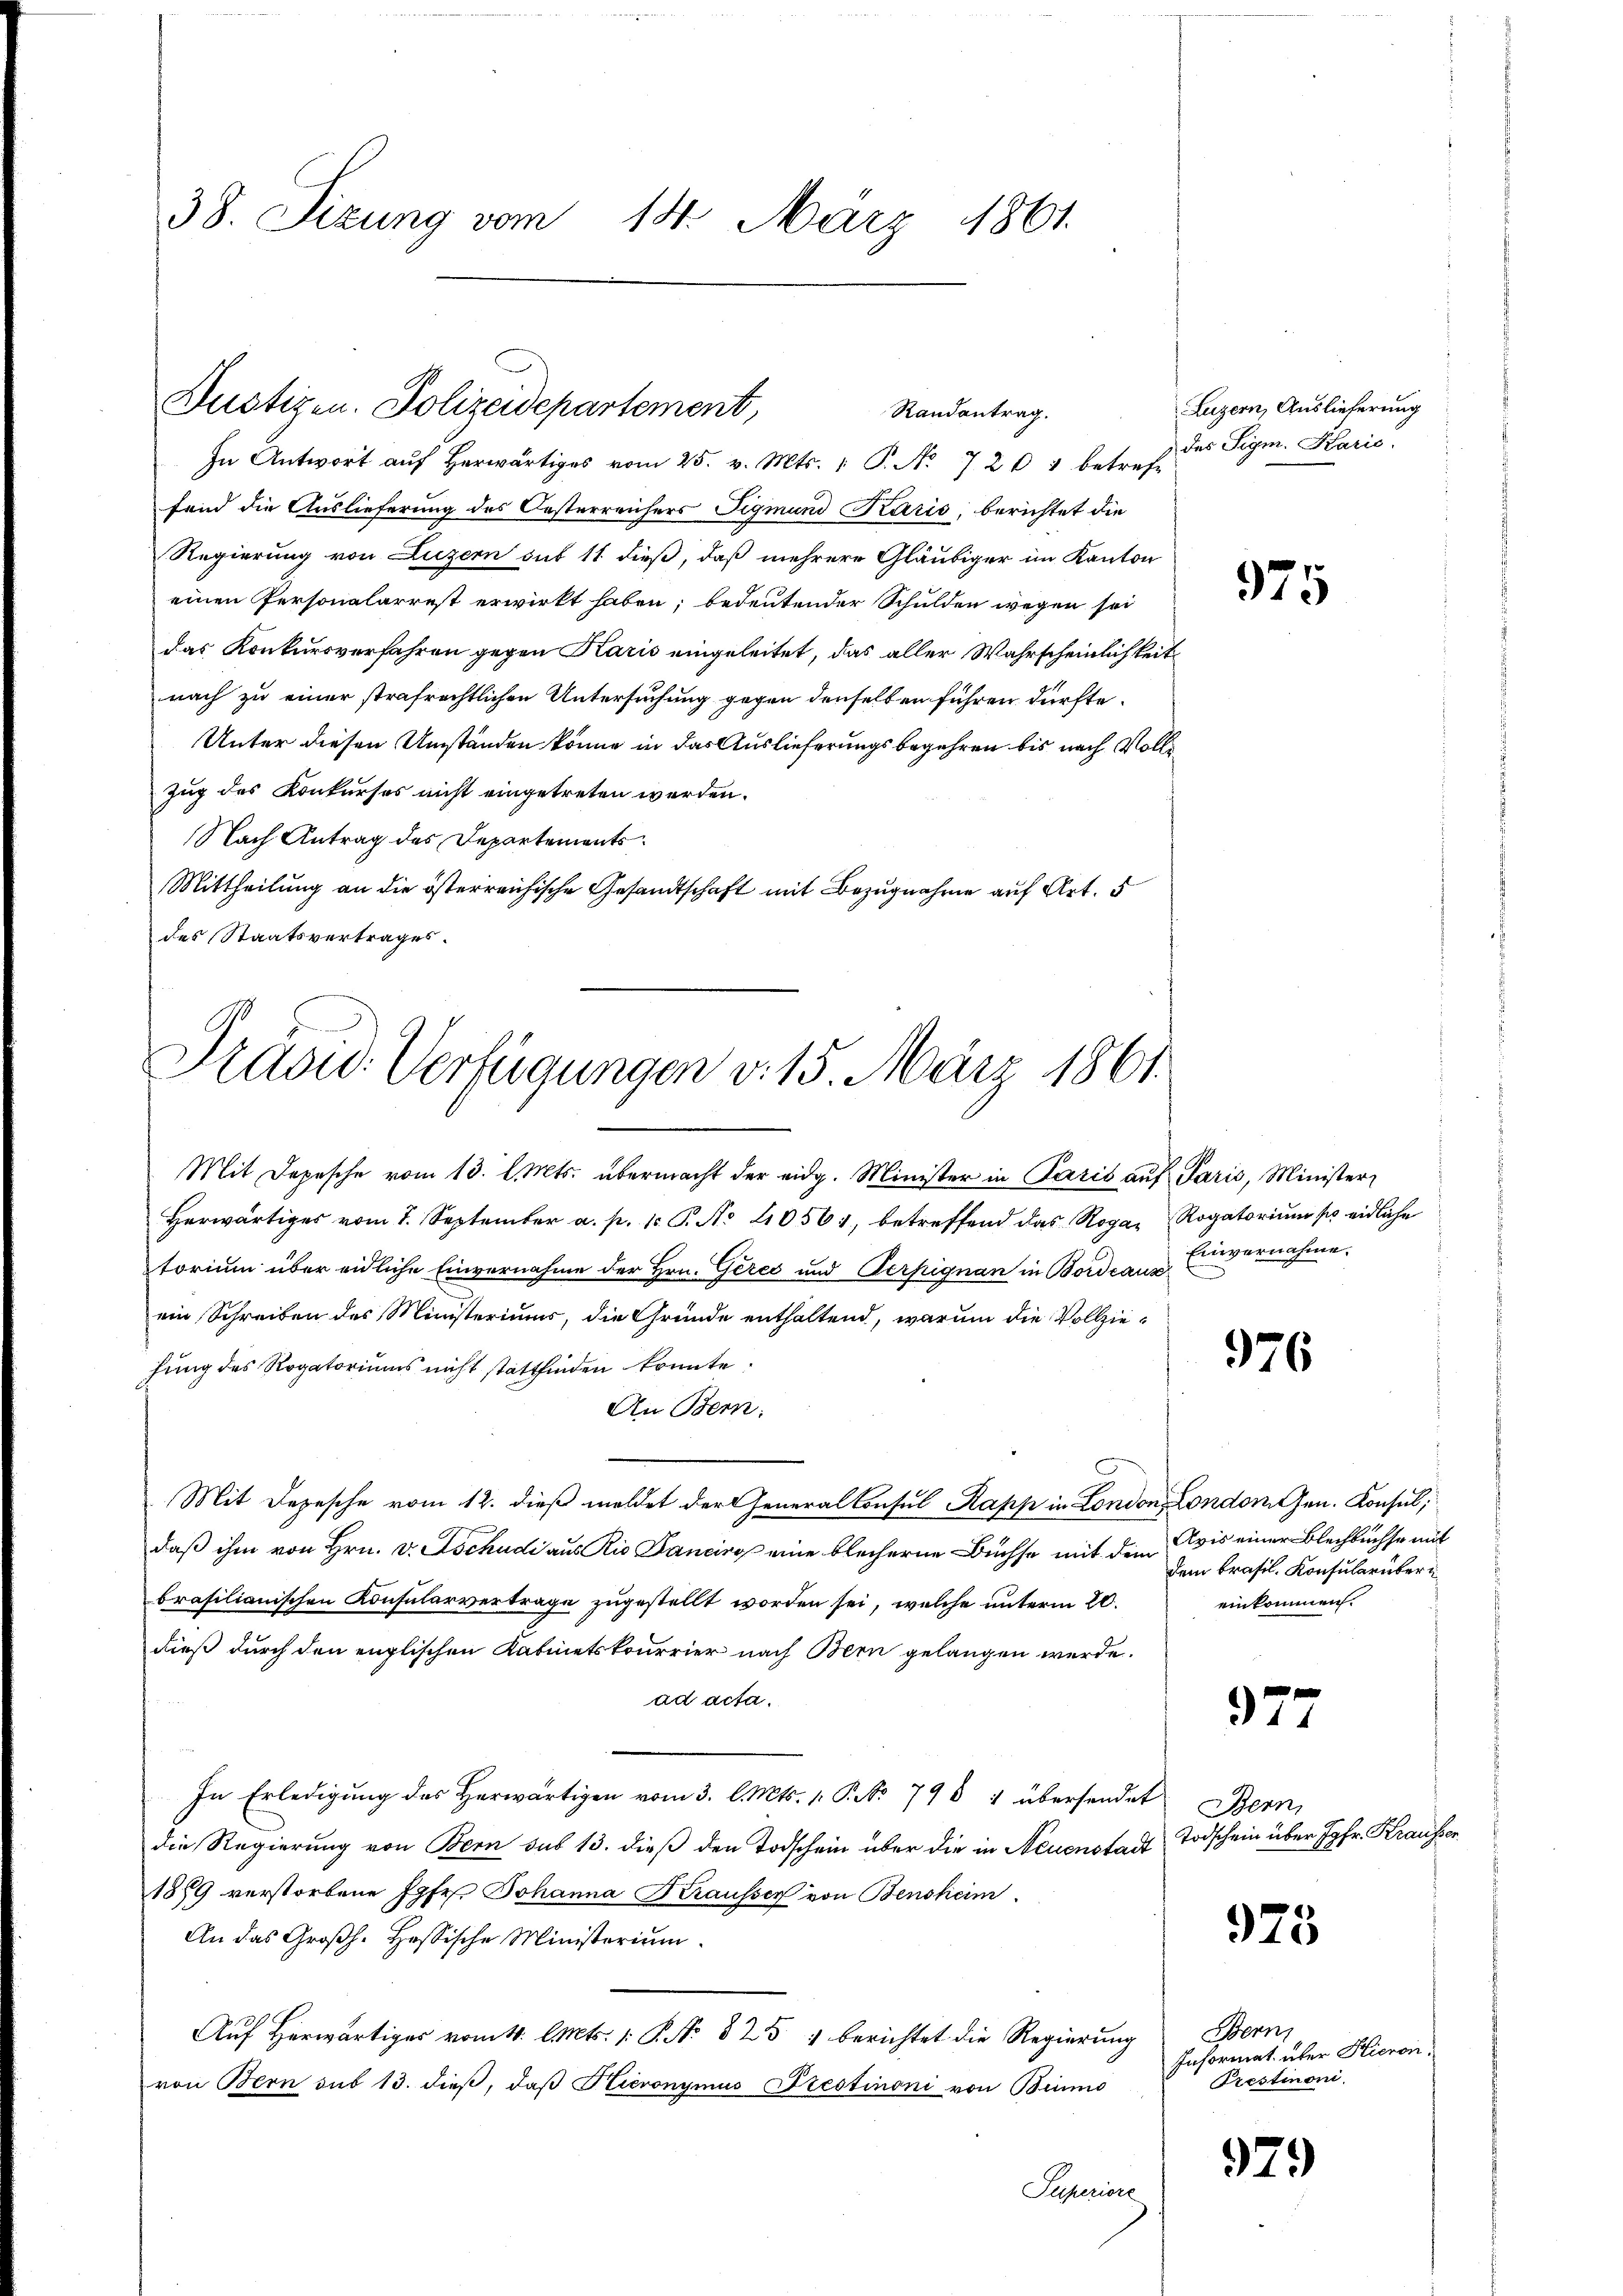
38. Sizung vom 14. März 1861.

Dustizen. Polizeidepartement,
Randantrag.

Praad: Verfügungen v. 15. März 1861

In Antwort aŭf herwärtiges vom 25. v. Mts. 1 P. Nr. 724 betref-
fend die Auslieferung des Oesterreichers Figmund Karis, berichtet die
Regierung von Luzern sub 11 dieß, daß mehrere Gläubiger im Kanton
einen Personalarrest erwirkt haben; bedeutender Schulden wegen sei
das Konkursverfahren gegen Karis eingeleitet, das aller Wahrscheinlichkeit
nach zu einer strafrechtlichen Untersuchung gegen denselben führen dürfte.
Unter diesen Umständen könne in das Auslieferungsbegehren bis nach Vollzug des Konkurses nicht eingetreten werden.
Nach Antrag des Departements
Mittheilung an die österreichische Gesandtschaft mit Bezugnahme auf Art. 5
des Staatsvertrages.
Mit Depesche vom 13. l. Mts. übermacht der eidg. Minister in Paris auf Paris, Minister
Herwärtiges vom 1. September a. p. 1. P. No 10561, betreffend das Rogar Rogatoriŭm so eidliche
torium über eidliche Einvernahme der Hrn. Gerec und Verpignan in Bordeaus
ein Schreiben des Ministeriums, die Gründe enthaltend, warum die Vollziehung des Rogatoriums nicht stattfinden konnte.
An Bern:
Mit Depesche vom 12. dieß meldet der General Consul Kapp in London, London Gen. Konsul,
daß ihm von Hrn. v. Tschudi aus Rio Bancino eine blecherne Büchse mit dem
brasilianischen Konsularverträge zugestellt worden sei, welche unterm 20.
dieß durch den englischen Kabinetskourrier nach Bern gelangen werde.
ad acta.
In Erledigŭng des herwärtigen vom 3. l. Mts. 1. P. 798 4 übersendet Bern,
die Regierung von Bern sub 13. dieß den Todschein über die in Neuenstadt
1889 verstorbene Jgfr. Johanna Krausser von Bensheim
An das Großh. Hassische Ministerium.
Auf Herwärtiges vom 4. l. Mts. 1. P. No 825 1 berichtet die Regierung
von Bern sub 13. dieβ, daβ Hieronymus Prestimoni von Binmo
Puperiore

Luzern, Auslieferung
des Sigm. Karić.

975

Einvernahme.

976

Avis einer Blechbüchse mit
dem Brasil. Konsularüber i
einkommen.

977

Todschein über Jgfr. Krausser

975

Bern
Informat über Hieron
Prestimoni.

979